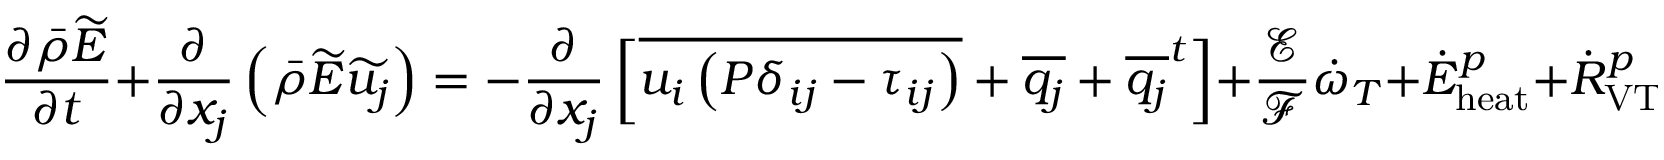
\frac { \partial \bar { \rho } \widetilde { E } } { \partial t } + \frac { \partial } { \partial x _ { j } } \left( \bar { \rho } \widetilde { E } \widetilde { u _ { j } } \right) = - \frac { \partial } { \partial x _ { j } } \left[ \overline { { u _ { i } \left( P \delta _ { i j } - \tau _ { i j } \right) } } + \overline { { q _ { j } } } + { \overline { { q _ { j } } } ^ { t } } \right] + \frac { \mathcal { E } } { \mathcal { F } } \dot { \omega } _ { T } + { \dot { E } } _ { \mathrm { h e a t } } ^ { p } + { \dot { R } } _ { \mathrm { V T } } ^ { p } \, \mathrm { ~ , ~ }